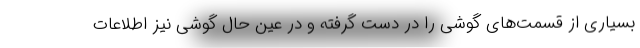
بسیاری از قسمت‌های گوشی را در دست گرفته و در عین حال گوشی نیز اطلاعات